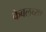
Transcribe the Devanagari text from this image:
केबलच्या